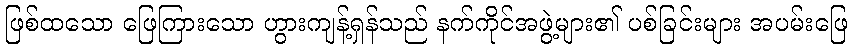
ဖြစ်ထသော ဖြေကြားသော ဟွားကျန့်ရှန်သည် နက်ကိုင်အဖွဲ့များ၏ ပစ်ခြင်းများ အပမ်းဖြေ